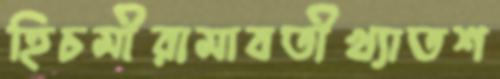
হিচমীরামাবতীখ্যাতশ